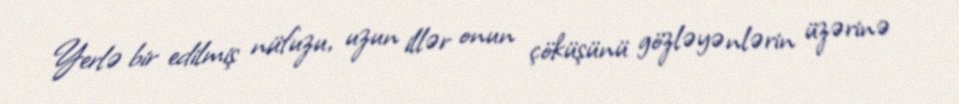
Yerlə bir edilmiş nüfuzu, uzun illər onun çöküşünü gözləyənlərin üzərinə